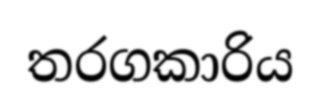
තරගකාරිය